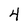
Character: 4